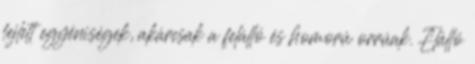
fejlett egyéniségek, akárcsak a felálló és homorú orrúak. Elálló